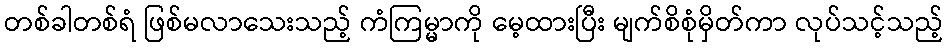
တစ်ခါတစ်ရံ ဖြစ်မလာသေးသည့် ကံကြမ္မာကို မေ့ထားပြီး မျက်စိစုံမှိတ်ကာ လုပ်သင့်သည့်